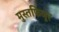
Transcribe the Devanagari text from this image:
मुस्तफिजूर